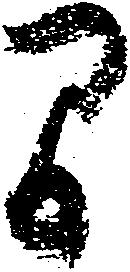
間